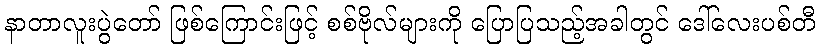
နာတာလူးပွဲတော် ဖြစ်ကြောင်းဖြင့် စစ်ဗိုလ်များကို ပြောပြသည့်အခါတွင် ဒေါ်လေးပစ်တီ